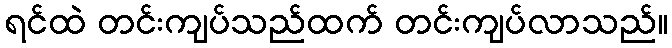
ရင်ထဲ တင်းကျပ်သည်ထက် တင်းကျပ်လာသည်။